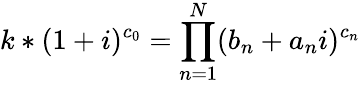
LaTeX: k*(1+i)^{c_{0}}=\prod_{n=1}^{N}(b_{n}+a_{n}i)^{c_{n}}